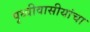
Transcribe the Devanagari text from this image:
पृथ्वीवासीयांचा